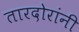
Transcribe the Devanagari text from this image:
तारदोरांनी